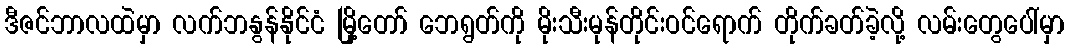
ဒီဇင်ဘာလထဲမှာ လက်ဘနွန်နိုင်ငံ မြို့တော် ဘေရွတ်ကို မိုးသီးမုန်တိုင်းဝင်ရောက် တိုက်ခတ်ခဲ့လို့ လမ်းတွေပေါ်မှာ